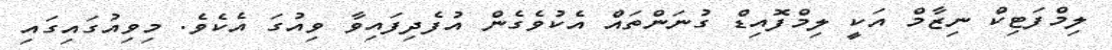
ލިމްފަޓިކް ނިޒާމް އަކީ ލިމްފޮއިޑް ގުނަންތައް އެކުވެގެން އުފެދިފައިވާ ވިއުގަ އެކެވެ. މިވިއުގައިގައި